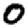
Digit: 0